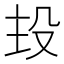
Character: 殶